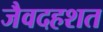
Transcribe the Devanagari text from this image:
जैवदहशत